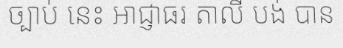
ច្បាប់ នេះ អាជ្ញាធរ តាលី បង់ បាន